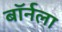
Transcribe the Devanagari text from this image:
बॉर्नला